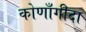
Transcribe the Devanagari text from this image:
कोणाँगीदा